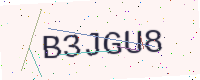
Text: B3JGU8